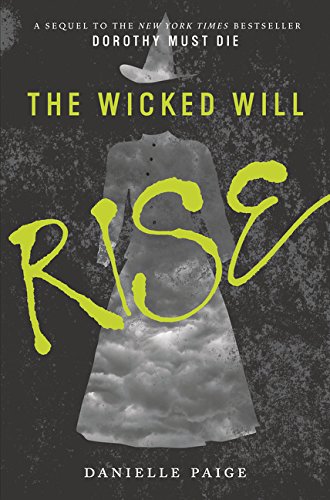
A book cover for The Wicked Will Rise (Dorothy Must Die); Danielle Paige; Teen & Young Adult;